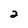
Character: 2